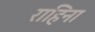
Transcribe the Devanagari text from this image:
राहिना